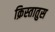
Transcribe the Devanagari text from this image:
क्रिस्‍तातुस